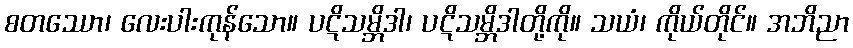
စတဿော၊ လေးပါးကုန်သော။ ပဋိသမ္ဘိဒါ၊ ပဋိသမ္ဘိဒါတို့ကို။ သယံ၊ ကိုယ်တိုင်။ အဘိညာ